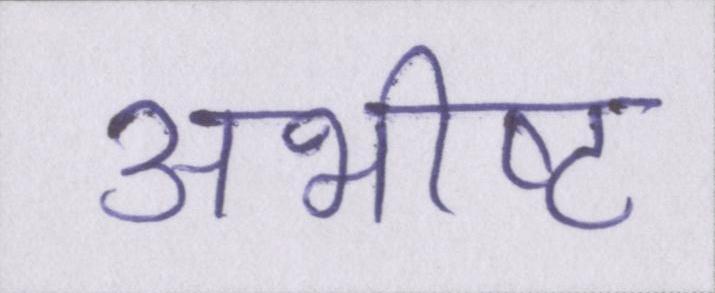
अभीष्ट